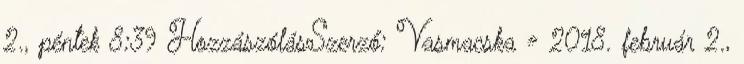
2., péntek 8:39 HozzászólásSzerző: Vasmacska » 2018. február 2.,